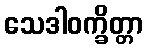
သေဒါဝက္ခိတ္တာ